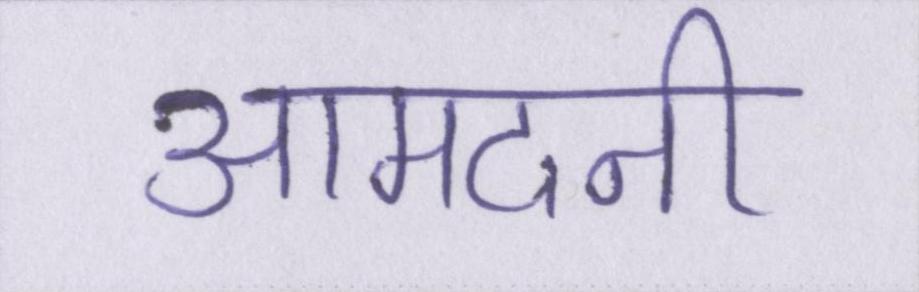
आमदनी